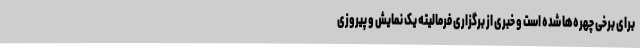
برای برخی چهره‌ها شده است و خبری از برگزاری فرمالیته یک نمایش و پیروزی